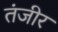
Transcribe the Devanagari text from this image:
तंजीर